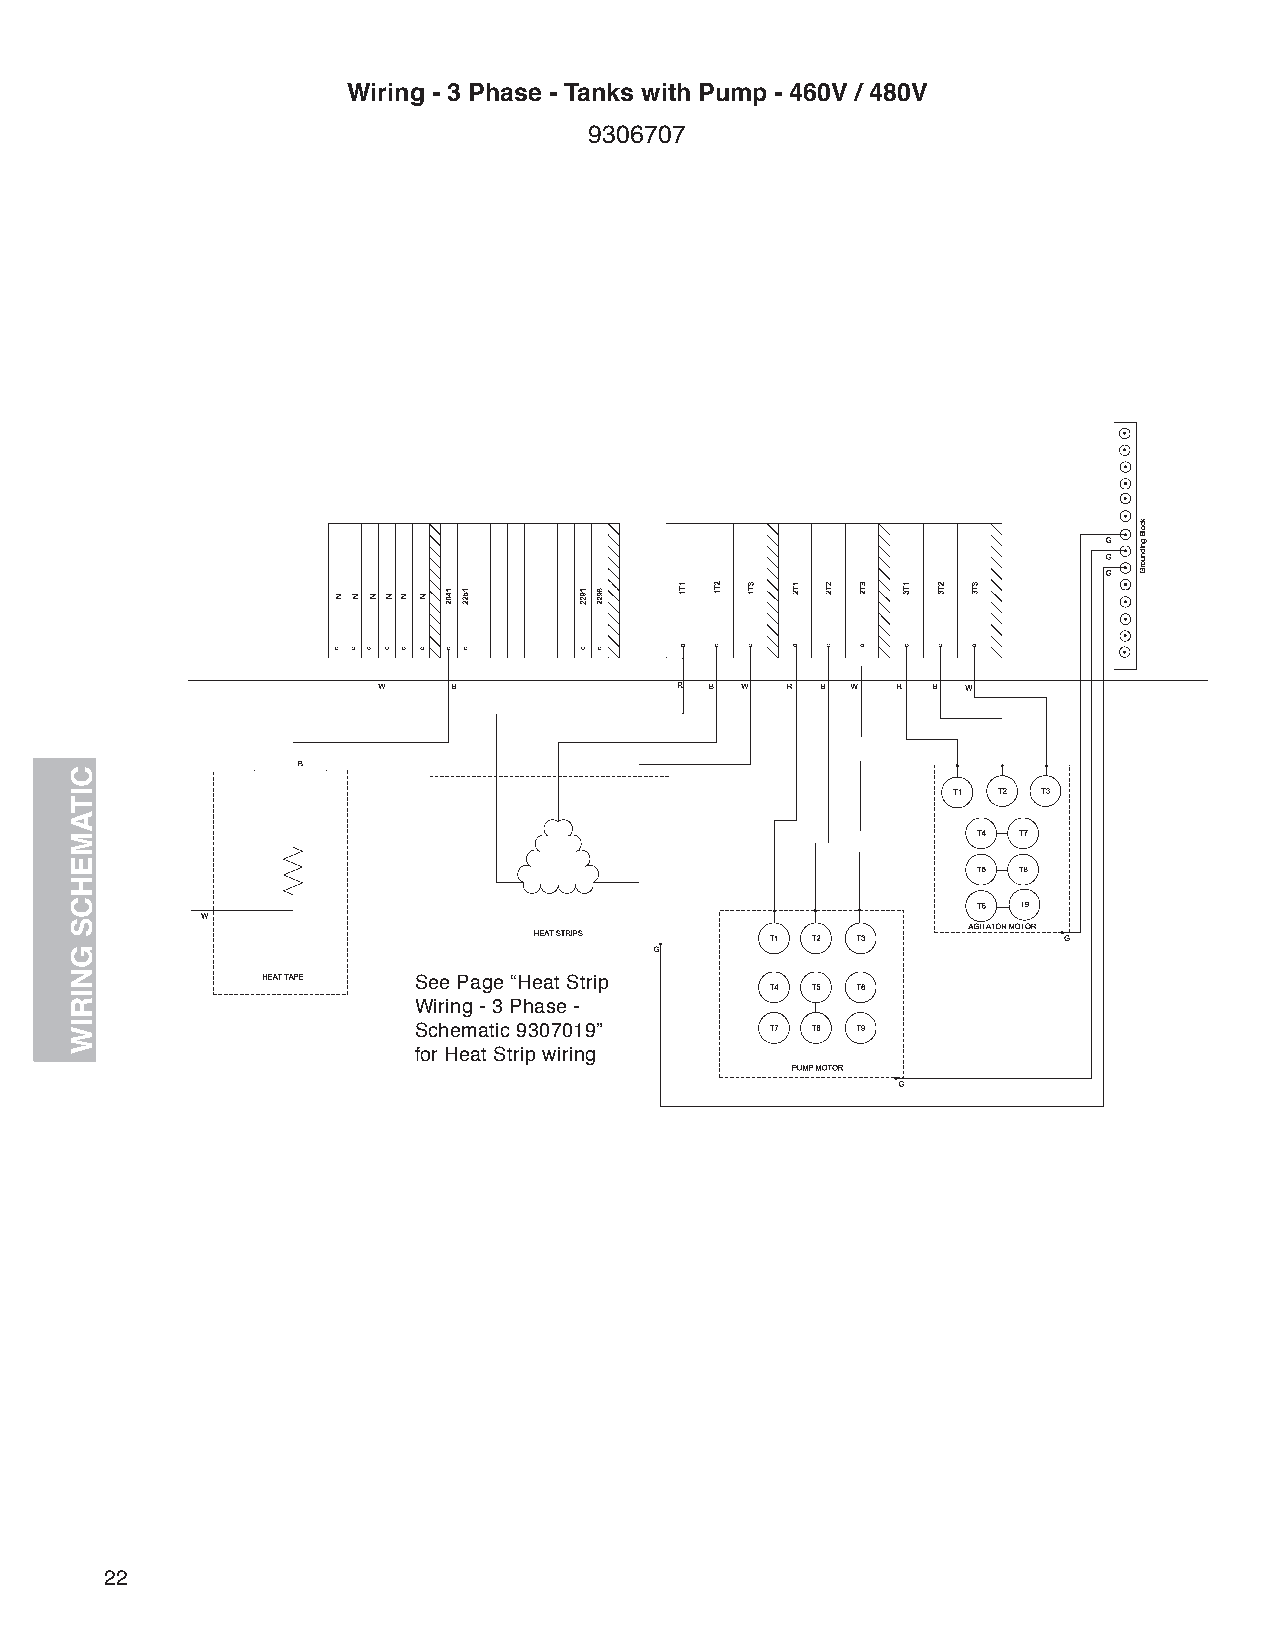
Wiring - 3 Phase - Tanks with Pump - 460V / 480V
 9306707
 See Page “Heat Strip
 Wiring - 3 Phase -
 Schematic 9307019”
 for Heat Strip wiring
 22
 CITAMEHCS
 GNIRIW